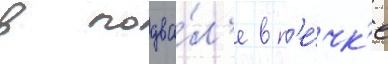
в подва́л'е в п'е́чк'е